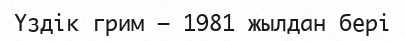
Үздік грим – 1981 жылдан бері